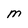
Character: M